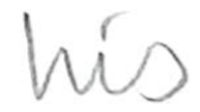
Text: his
Cross-out: clean
Writing tool: pencil